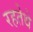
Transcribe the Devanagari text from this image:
रहतेथे